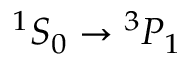
{ } ^ { 1 } S _ { 0 } \rightarrow { } ^ { 3 } P _ { 1 }